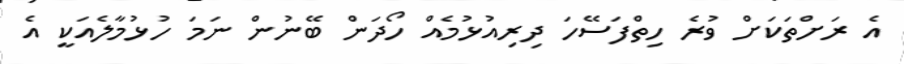
އެ ރަށްތަކަށް ވުރެ ހިތްފަސޭހަ ދިރިއުޅުމެއް ހޯދަން ބޭނުން ނަމަ ހުޅުމާލެއަކީ އެ